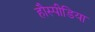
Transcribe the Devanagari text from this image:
हौस्पीडिया